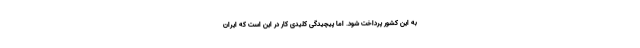
به این کشور پرداخت شود. اما پیچیدگی کلیدی کار در این است که ایران